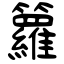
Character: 籮